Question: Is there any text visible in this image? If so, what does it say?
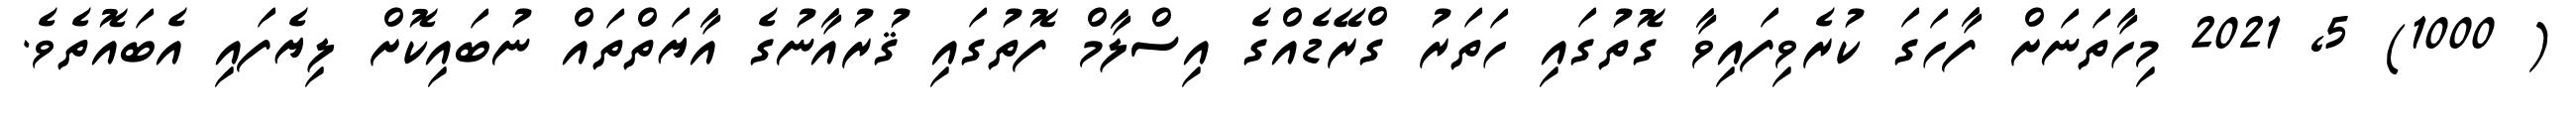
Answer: ( 1000) 5, 2021 މިހާތަނަށް ފާހަގަ ކުރެވިފައިވާ ގޮތުގައި ހަތަރު ގްރޭޑެއްގެ އިސްލާމް ފޮތުގައި ޤުރުއާނުގެ އާޔަތްތައް ނުބައިކޮށް ލިޔެފައި އެބައޮތެވެ.